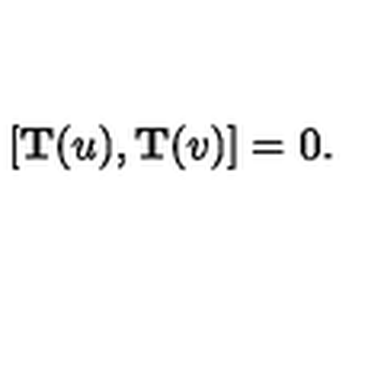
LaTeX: [ { \bf T } ( u ) , { \bf T } ( v ) ] = 0 .